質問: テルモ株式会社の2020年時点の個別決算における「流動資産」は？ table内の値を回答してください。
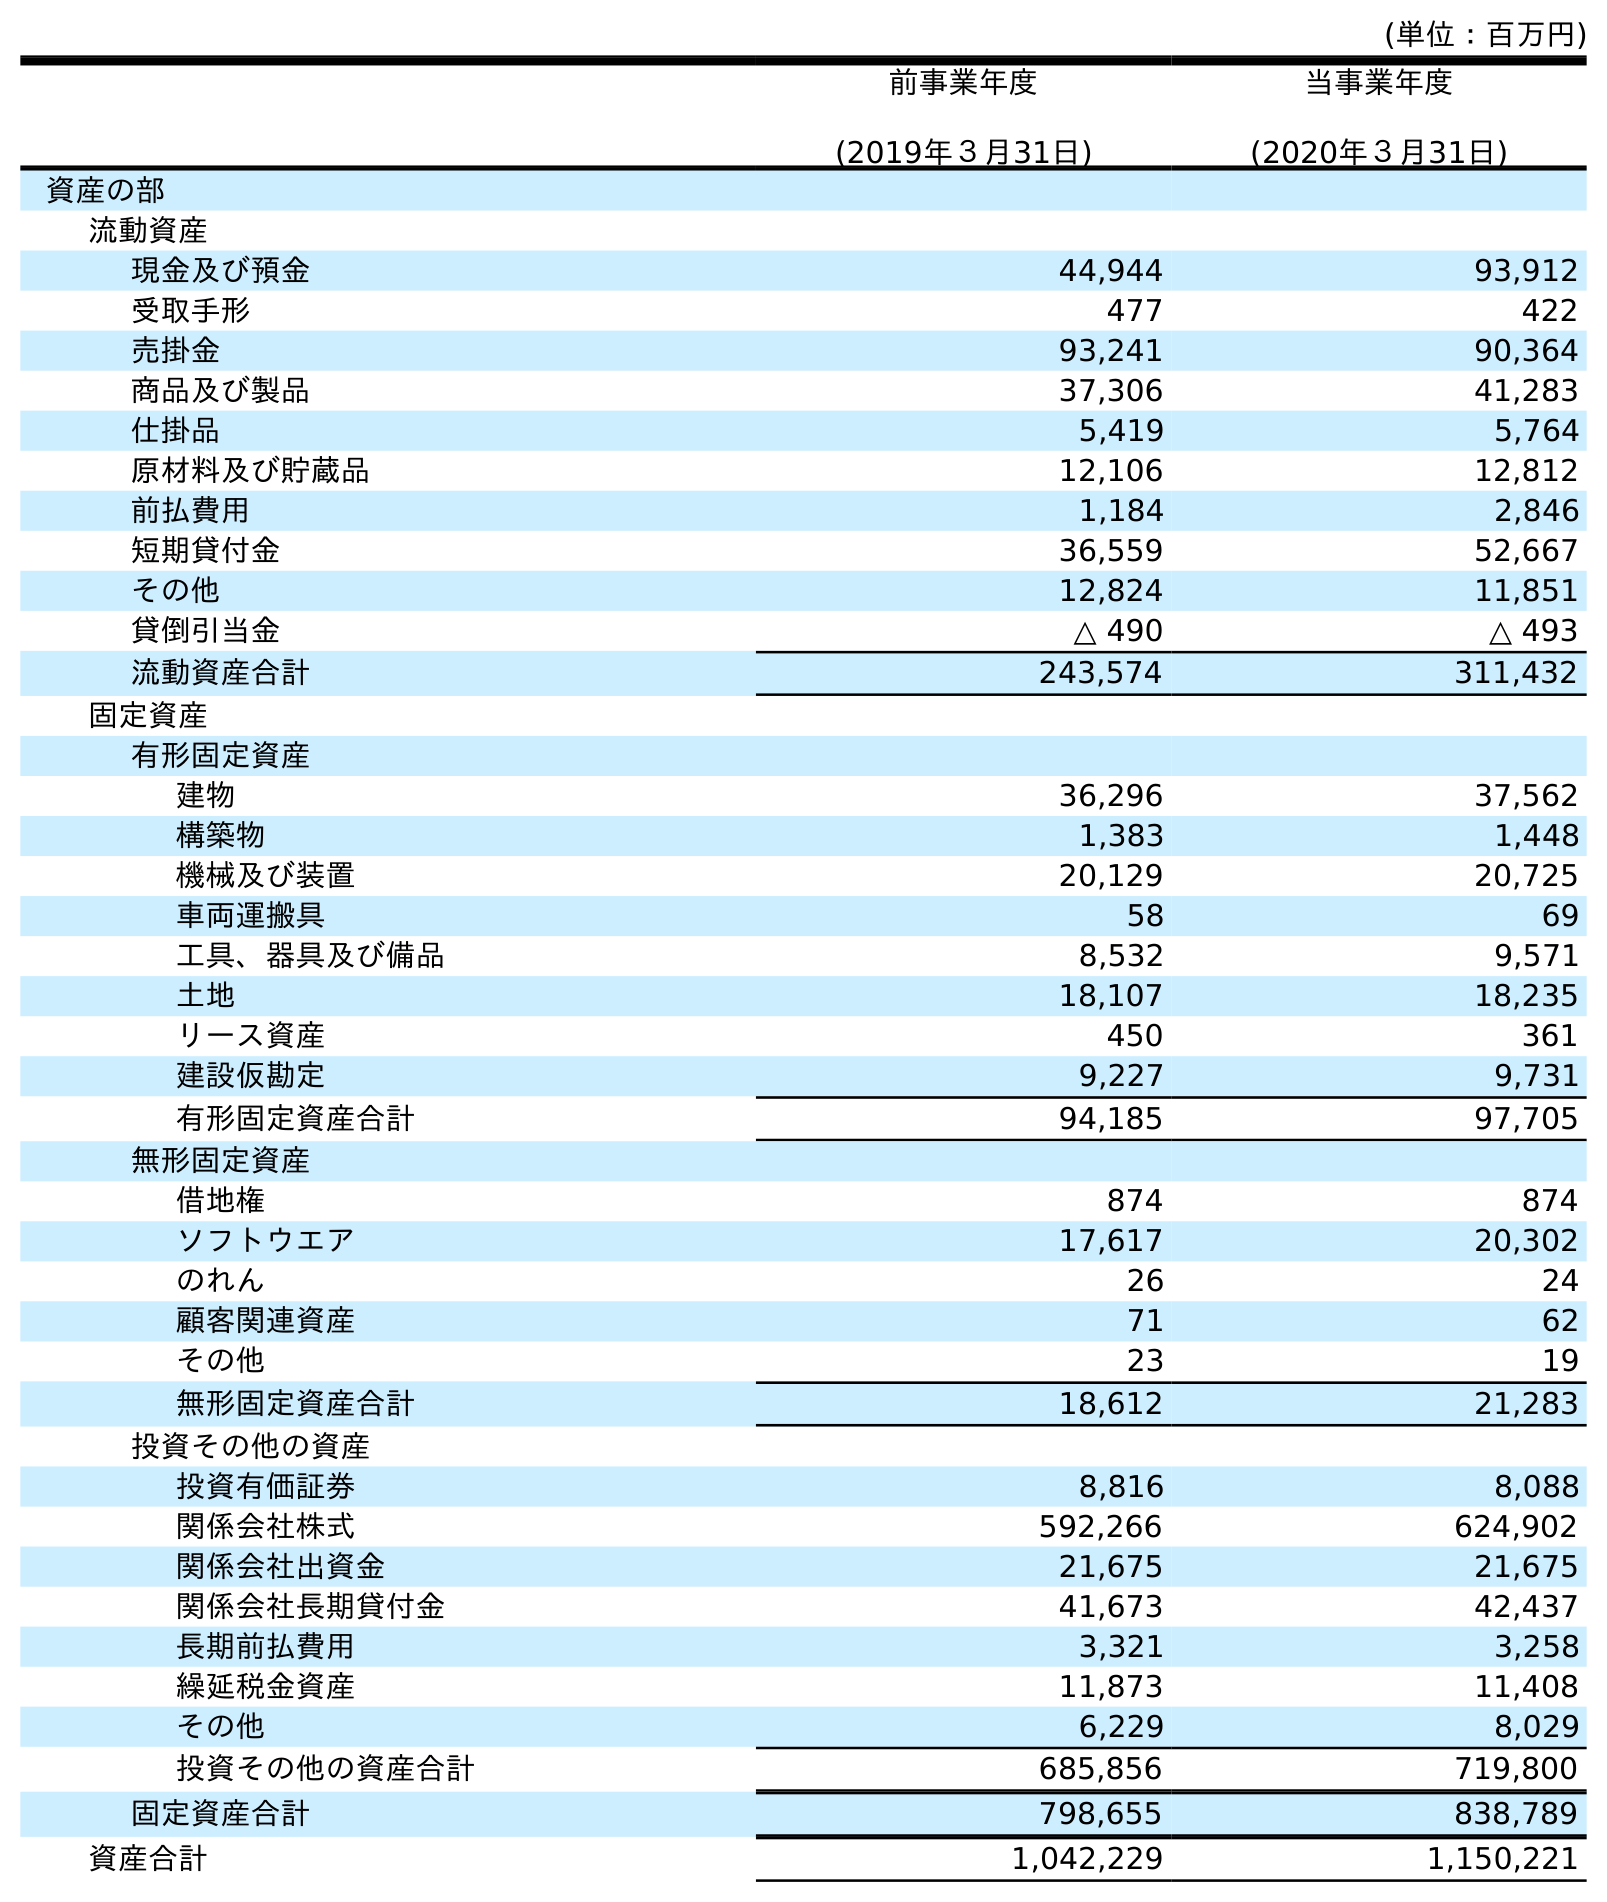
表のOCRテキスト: (単位：百万円) 前事業年度 (2019年３月31日) 当事業年度 (2020年３月31日) 資産の部 流動資産 現金及び預金 44,944 93,912 受取手形 477 422 売掛金 93,241 90,364 商品及び製品 37,306 41,283 仕掛品 5,419 5,764 原材料及び貯蔵品 12,106 12,812 前払費用 1,184 2,846 短期貸付金 36,559 52,667 その他 12,824 11,851 貸倒引当金 △ 490 △ 493 流動資産合計 243,574 311,432 固定資産 有形固定資産 建物 36,296 37,562 構築物 1,383 1,448 機械及び装置 20,129 20,725 車両運搬具 58 69 工具、器具及び備品 8,532 9,571 土地 18,107 18,235 リース資産 450 361 建設仮勘定 9,227 9,731 有形固定資産合計 94,185 97,705 無形固定資産 借地権 874 874 ソフトウエア 17,617 20,302 のれん 26 24 顧客関連資産 71 62 その他 23 19 無形固定資産合計 18,612 21,283 投資その他の資産 投資有価証券 8,816 8,088 関係会社株式 592,266 624,902 関係会社出資金 21,675 21,675 関係会社長期貸付金 41,673 42,437 長期前払費用 3,321 3,258 繰延税金資産 11,873 11,408 その他 6,229 8,029 投資その他の資産合計 685,856 719,800 固定資産合計 798,655 838,789 資産合計 1,042,229 1,150,221
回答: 311,432